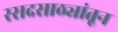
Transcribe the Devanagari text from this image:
रसदसाठ्यांतून